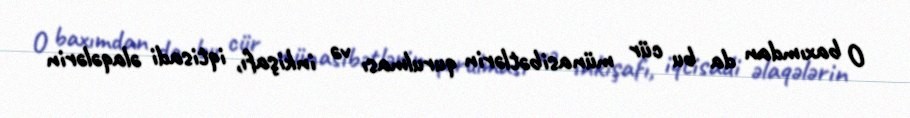
O baxımdan da bu cür münasibətlərin qurulması və inkişafı, iqtisadi əlaqələrin